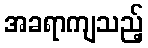
အခရာကျသည့်